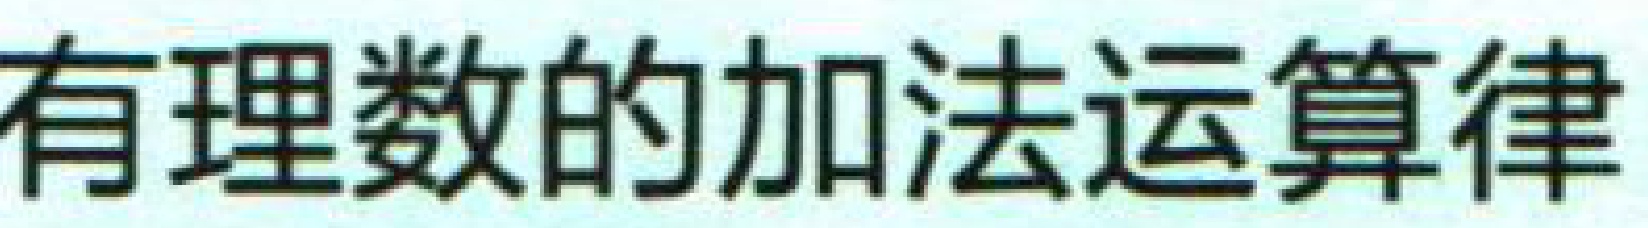
有理数的加法运算律